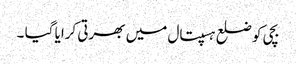
بچی کو ضلع ہسپتال میں بھرتی کرایا گیا ۔